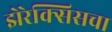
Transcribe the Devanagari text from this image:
झेरेक्सिसचा